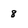
Character: 8